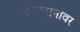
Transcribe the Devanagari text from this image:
बोलतानांवर